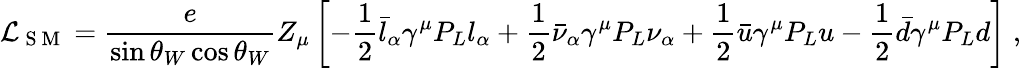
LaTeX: \mathcal{L}_{\mathrm{~S~M~}}=\frac{e}{\sin\theta_{W}\cos\theta_{W}}Z_{\mu}\left[-\frac{1}{2}\bar{l}_{\alpha}\gamma^{\mu}P_{L}l_{\alpha}+\frac{1}{2}\bar{\nu}_{\alpha}\gamma^{\mu}P_{L}\nu_{\alpha}+\frac{1}{2}\bar{u}\gamma^{\mu}P_{L}u-\frac{1}{2}\bar{d}\gamma^{\mu}P_{L}d\right]\; ,